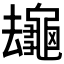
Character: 𪚸